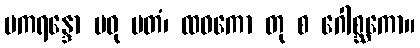
မကရန္ဒော မဓု မတံ၊ ထဝကော တု စ ဂေါစ္ဆကော။